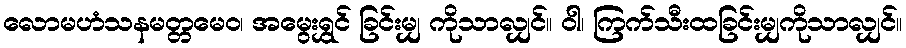
လောမဟံသနမတ္တမေဝ၊ အမွေးရွှင် ခြင်းမျှ ကိုသာလျှင်။ ဝါ၊ ကြက်သီးထခြင်းမျှကိုသာလျှင်။